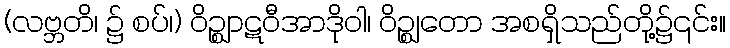
(လဗ္ဘတိ၊ ၌ စပ်၊) ဝိဉ္ဈာဋဝီအာဒိုဝါ၊ ဝိဉ္ဈတော အစရှိသည်တို့၌၎င်း။